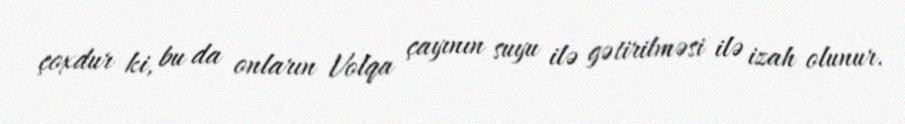
çoxdur ki, bu da onların Volqa çayının suyu ilə gətirilməsi ilə izah olunur.